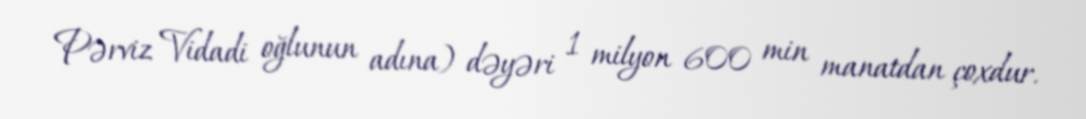
Pərviz Vidadi oğlunun adına) dəyəri 1 milyon 600 min manatdan çoxdur.